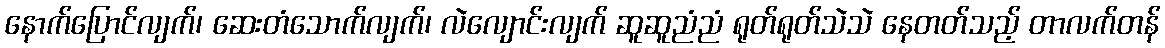
နောက်ပြောင်လျက်၊ ဆေးတံသောက်လျက်၊ လဲလျောင်းလျက် ဆူဆူညံညံ ရုတ်ရုတ်သဲသဲ နေတတ်သည့် တာလက်တန်